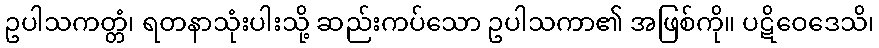
ဥပါသကတ္တံ၊ ရတနာသုံးပါးသို့ ဆည်းကပ်သော ဥပါသကာ၏ အဖြစ်ကို။ ပဋိဝေဒေသိ၊